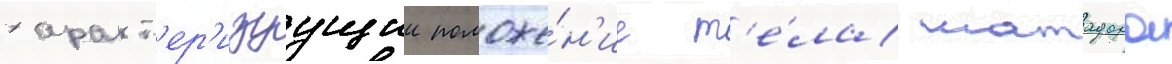
характ'ер'изуущии положе́н'ие т'е́ла матадора